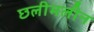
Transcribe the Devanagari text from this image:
छलीमलीन